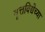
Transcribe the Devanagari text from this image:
वृत्तविद्येच्या